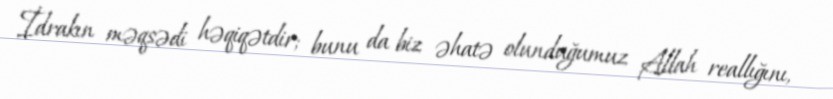
İdrakın məqsədi həqiqətdir; bunu da biz əhatə olunduğumuz Allah reallığını,